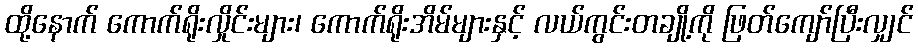
ထို့နောက် ကောက်ရိုးလှိုင်းများ၊ ကောက်ရိုးအိမ်များနှင့် လယ်ကွင်းတချို့ကို ဖြတ်ကျော်ပြီးလျှင်